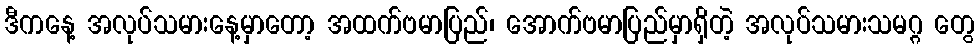
ဒီကနေ့ အလုပ်သမားနေ့မှာတော့ အထက်ဗမာပြည်၊ အောက်ဗမာပြည်မှာရှိတဲ့ အလုပ်သမားသမဂ္ဂ တွေ